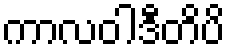
ကာလဝါဒီတိပိ